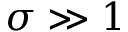
\sigma \gg 1